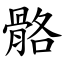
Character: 骼